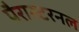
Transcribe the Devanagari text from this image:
पैरास्टरनल